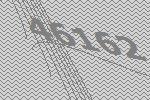
46162